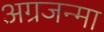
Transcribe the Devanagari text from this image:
अग्रजन्मा